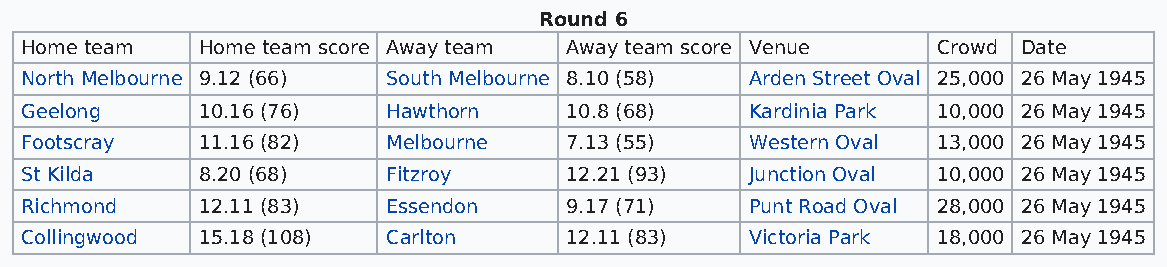
Round 6
 Home team   Home team score Away team Away team score Venue  Crowd Date
 North Melbourne 9.12 (66) South Melbourne 8.10 (58) Arden Street Oval 25,000 26 May 1945
 Geelong     10.16 (76)   Hawthorn   10.8 (68)    Kardinia Park 10,000 26 May 1945
 Footscray   11.16 (82)   Melbourne  7.13 (55)    Western Oval 13,000 26 May 1945
 St Kilda    8.20 (68)    Fitzroy    12.21 (93)   Junction Oval 10,000 26 May 1945
 Richmond    12.11 (83)   Essendon   9.17 (71)    Punt Road Oval 28,000 26 May 1945
 Collingwood 15.18 (108)  Carlton    12.11 (83)   Victoria Park 18,000 26 May 1945